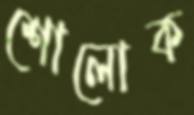
শোলোক